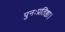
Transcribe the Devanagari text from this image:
पुनःप्रतिष्ठा।